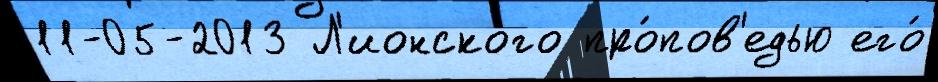
11-05-2013 Л'ионского про́пов'едью его́